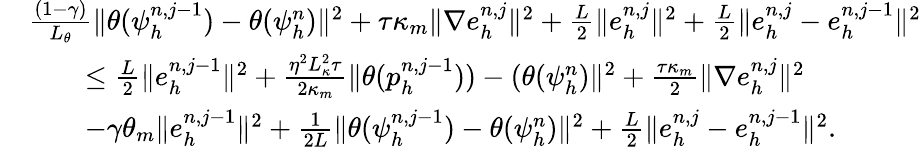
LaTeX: \begin{array}{rl}&{\frac{(1-\gamma)}{L_{\theta}}\| \theta(\psi_{h}^{n,j-1})-\theta(\psi_{h}^{n})\| ^{2}+\tau\kappa_{m}\| \nabla e_{h}^{n,j}\| ^{2}+\frac{L}{2}\| e_{h}^{n,j}\| ^{2}+\frac{L}{2}\| e_{h}^{n,j}-e_{h}^{n,j-1}\| ^{2}}\\ &{\quad\quad\leq\frac{L}{2}\| e_{h}^{n,j-1}\| ^{2}+\frac{\eta^{2}L_{\kappa}^{2}\tau}{2\kappa_{m}}\| \theta(p_{h}^{n,j-1}))-(\theta(\psi_{h}^{n})\| ^{2}+\frac{\tau\kappa_{m}}{2}\| \nabla e_{h}^{n,j}\| ^{2}}\\ &{\quad\quad-\gamma\theta_{m}\| e_{h}^{n,j-1}\| ^{2}+\frac{1}{2L}\| \theta(\psi_{h}^{n,j-1})-\theta(\psi_{h}^{n})\| ^{2}+\frac{L}{2}\| e_{h}^{n,j}-e_{h}^{n,j-1}\| ^{2}.}\end{array}